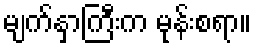
မျက်နှာကြီးက မုန်းစရာ။